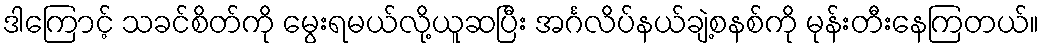
ဒါကြောင့် သခင်စိတ်ကို မွေးရမယ်လို့ယူဆပြီး အင်္ဂလိပ်နယ်ချဲ့စနစ်ကို မုန်းတီးနေကြတယ်။